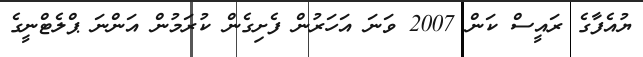
ޔުއެފާގެ ރައީސް ކަން 2007 ވަނަ އަހަރުން ފެށިގެން ކުރަމުން އަންނަ ޕްލެޓްނީގެ